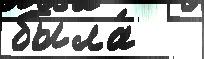
была́